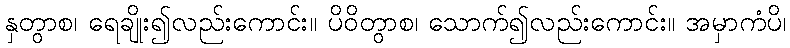
နှတွာစ၊ ရေချိုး၍လည်းကောင်း။ ပိဝိတွာစ၊ သောက်၍လည်းကောင်း။ အမှာကံပိ၊